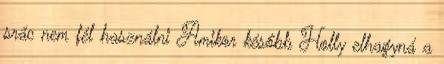
srác nem fél használni Amikor később Holly elhagyná a